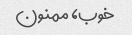
خوب، ممنون